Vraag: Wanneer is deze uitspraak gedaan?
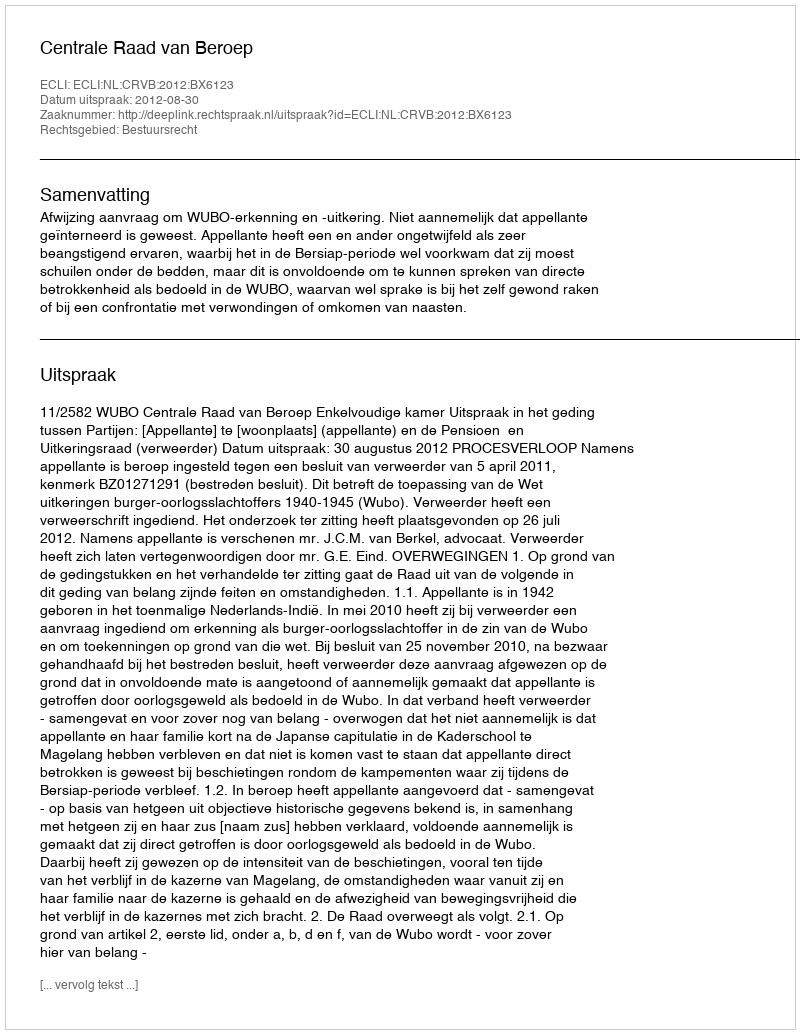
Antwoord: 2012-08-30